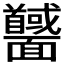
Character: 𩉕